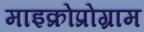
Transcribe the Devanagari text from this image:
माइक्रोप्रोग्राम